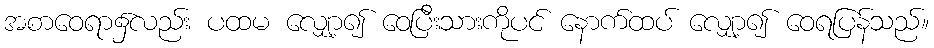
အစာဝေရာ၌လည်း ပထမ လျှော့၍ ဝေပြီးသားကိုပင် နောက်ထပ် လျှော့၍ ဝေရပြန်သည်။